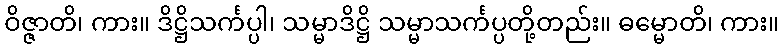
ဝိဇ္ဇာတိ၊ ကား။ ဒိဋ္ဌိသင်္ကပ္ပါ၊ သမ္မာဒိဋ္ဌိ သမ္မာသင်္ကပ္ပတို့တည်း။ ဓမ္မောတိ၊ ကား။